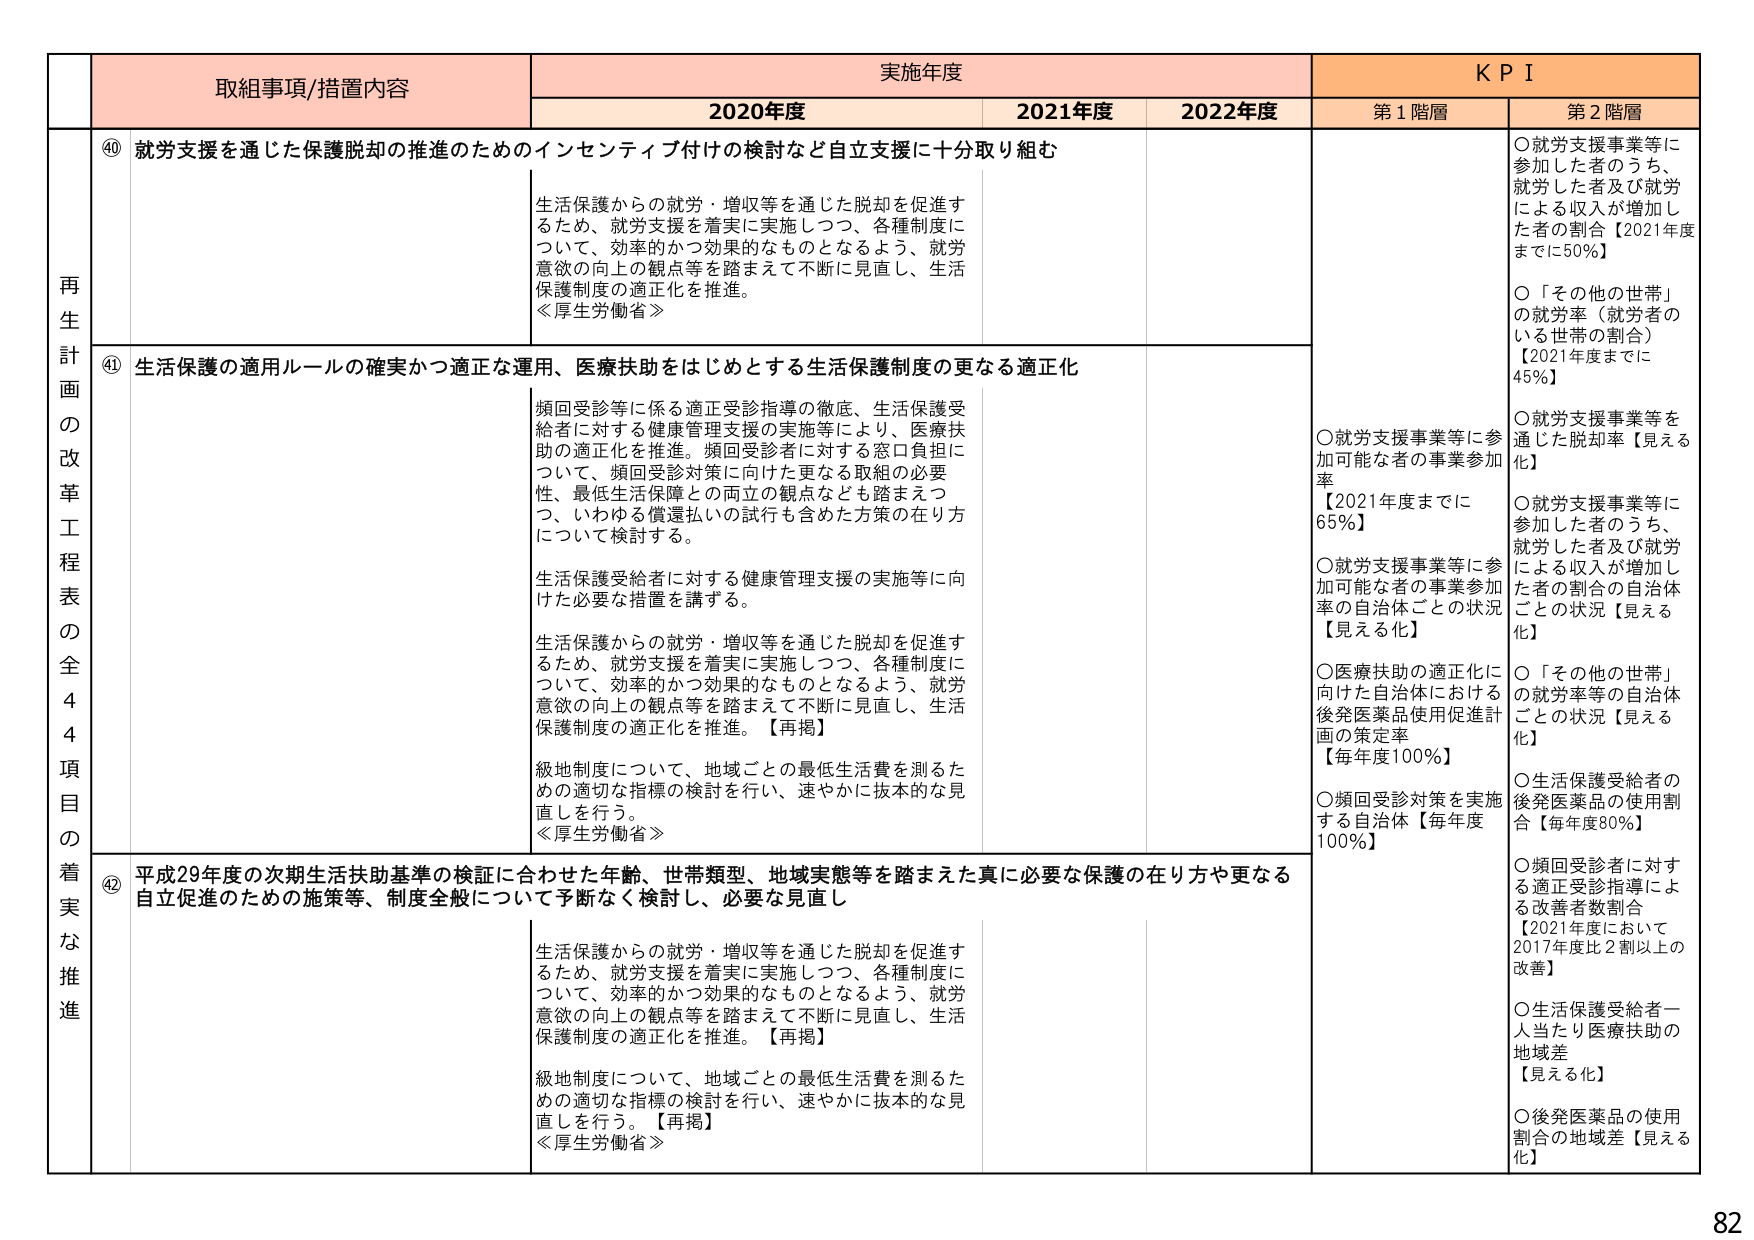
再生計画の改革工程表の全44項目の着実な推進

取組事項/措置内容

④① 就労支援を通じた保護脱却の推進のためのインセンティブ付けの検討など自立支援に十分取り組む
生活保護からの就労・増収等を通じた脱却を促進するため、就労支援を着実に実施しつつ、各種制度について、効率的かつ効果的なものとなるよう、就労意欲の向上の観点等を踏まえて不断に見直し、生活保護制度の適正化を推進。
＜厚生労働省＞

④② 生活保護の適用ルールの確実かつ適正な運用、医療扶助をはじめとする生活保護制度の更なる適正化
頻回受診等に係る適正受診指導の徹底、生活保護受給者に対する健康管理支援の実施等により、医療扶助の適正化を推進。頻回受診者に対する窓口負担について、頻回受診対策に向けた更なる取組の必要性、最低生活保障との両立の観点なども踏まえつつ、いわゆる償還払いの試行も含めた方策の在り方について検討する。
生活保護受給者に対する健康管理支援の実施等に向けた必要な措置を講ずる。
生活保護からの就労・増収等を通じた脱却を促進するため、就労支援を着実に実施しつつ、各種制度について、効率的かつ効果的なものとなるよう、就労意欲の向上の観点等を踏まえて不断に見直し、生活保護制度の適正化を推進。【再掲】
級地制度について、地域ごとの最低生活費を測るための適切な指標の検討を行い、速やかに抜本的な見直しを行う。
＜厚生労働省＞

④③ 平成29年度の次期生活扶助基準の検証に合わせた年齢、世帯類型、地域実態等を踏まえた真に必要な保護の在り方や更なる自立促進のための施策等、制度全般について予断なく検討し、必要な見直し
生活保護からの就労・増収等を通じた脱却を促進するため、就労支援を着実に実施しつつ、各種制度について、効率的かつ効果的なものとなるよう、就労意欲の向上の観点等を踏まえて不断に見直し、生活保護制度の適正化を推進。【再掲】
級地制度について、地域ごとの最低生活費を測るための適切な指標の検討を行い、速やかに抜本的な見直しを行う。【再掲】
＜厚生労働省＞

実施年度

2020年度
2021年度
2022年度

KPI

第1階層
○就労支援事業等に参加した者のうち、就労した者及び就労による収入が増加した者の割合【2021年度までに50%】
○「その他の世帯」の就労率（就労者のいる世帯の割合）【2021年度までに45%】
○就労支援事業等に参加可能な者の事業参加率【2021年度までに65%】
○就労支援事業等に参加可能な者の事業参加率の自治体ごとの状況【見える化】
○医療扶助の適正化に向けた自治体における後発医薬品使用促進計画の策定率【毎年度100%】
○頻回受診対策を実施する自治体【毎年度100%】

第2階層
○就労支援事業等に参加した者のうち、就労した者及び就労による収入が増加した者の割合の自治体ごとの状況【見える化】
○「その他の世帯」の就労率等の自治体ごとの状況【見える化】
○生活保護受給者の後発医薬品の使用割合【毎年度80%】
○頻回受診者に対する適正受診指導による改善者数割合【2021年度において2017年度比2割以上の改善】
○生活保護受給者一人当たり医療扶助の地域差【見える化】
○後発医薬品の使用割合の地域差【見える化】

82